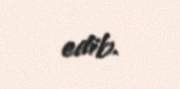
edib.